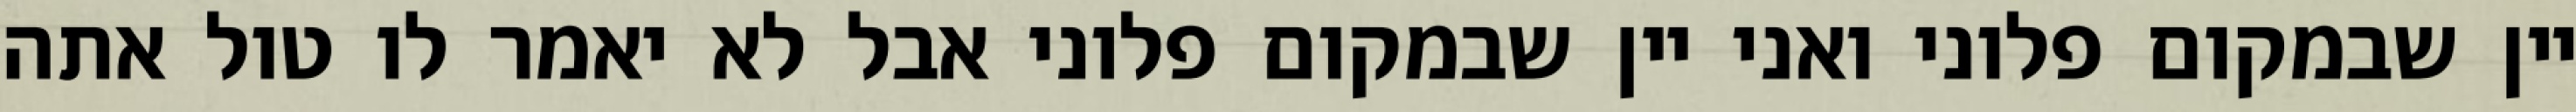
יין שבמקום פלוני ואני יין שבמקום פלוני אבל לא יאמר לו טול אתה